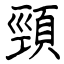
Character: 頸